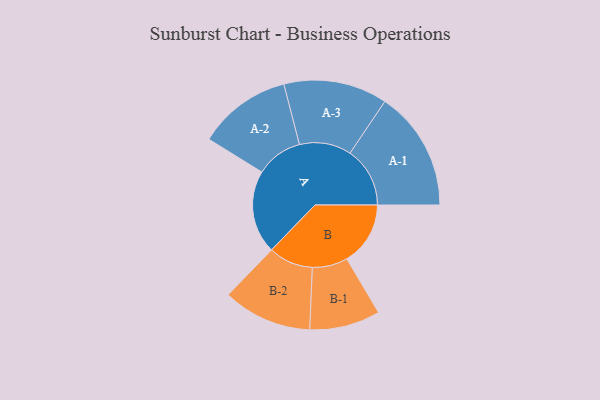
{"axis": {"x": "Segment", "y": "Value"}, "legend": ["", "A", "B"], "data": [{"x": "A", "y": 412, "type": ""}, {"x": "B", "y": 315, "type": ""}, {"x": "A-1", "y": 297, "type": "A"}, {"x": "A-2", "y": 232, "type": "A"}, {"x": "A-3", "y": 257, "type": "A"}, {"x": "B-1", "y": 175, "type": "B"}, {"x": "B-2", "y": 221, "type": "B"}]}